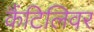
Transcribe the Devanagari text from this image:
कैंटिलिवर